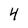
Character: 4